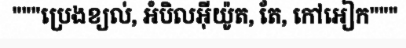
"""ប្រេងខ្យល់, អំបិលអ៊ីយ៉ូត, តែ, កៅអៀក"""